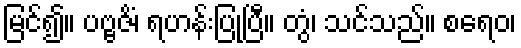
မြင်၍။ ပဗ္ဗဇိံ၊ ရဟန်းပြုပြီ။ တွံ၊ သင်သည်။ စရေဝ၊